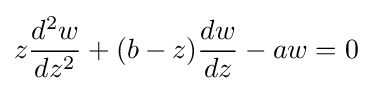
z{\frac {d^{2}w}{dz^{2}}}+(b-z){\frac {dw}{dz}}-aw=0